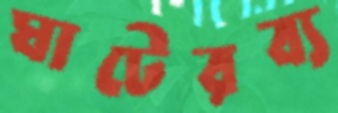
ঘাটেরব্য